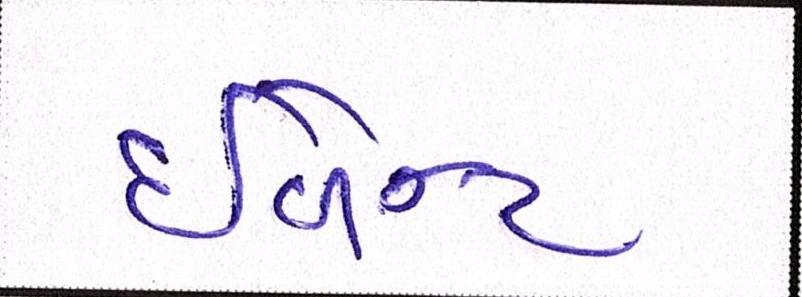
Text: ઈવેન્ટ